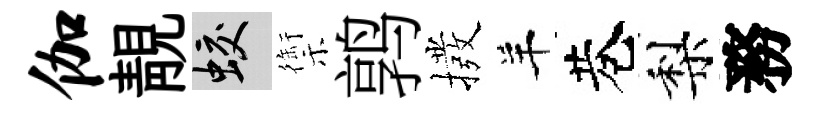
伽靚蛟禦鹑撥羊巷梨務